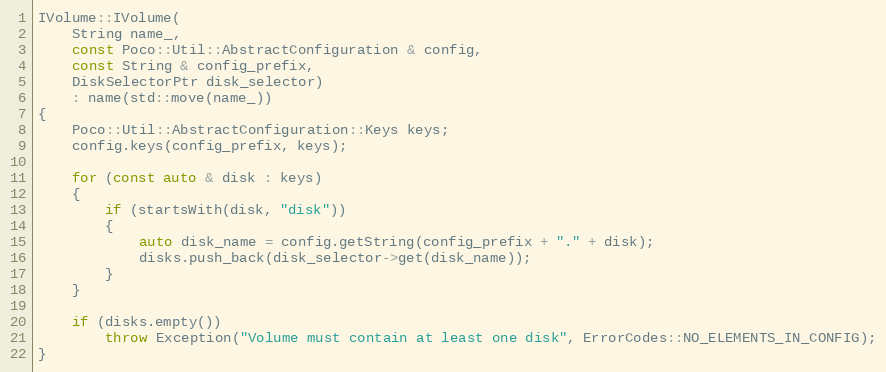
Language: C++
IVolume::IVolume(
    String name_,
    const Poco::Util::AbstractConfiguration & config,
    const String & config_prefix,
    DiskSelectorPtr disk_selector)
    : name(std::move(name_))
{
    Poco::Util::AbstractConfiguration::Keys keys;
    config.keys(config_prefix, keys);

    for (const auto & disk : keys)
    {
        if (startsWith(disk, "disk"))
        {
            auto disk_name = config.getString(config_prefix + "." + disk);
            disks.push_back(disk_selector->get(disk_name));
        }
    }

    if (disks.empty())
        throw Exception("Volume must contain at least one disk", ErrorCodes::NO_ELEMENTS_IN_CONFIG);
}